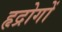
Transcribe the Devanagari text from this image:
हृद्रोगों